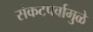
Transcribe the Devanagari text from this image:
संकटपर्वामुळे